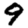
Digit: 9